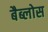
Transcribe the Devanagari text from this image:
बैब्लोस